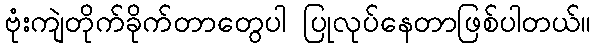
ဗုံးကျဲတိုက်ခိုက်တာတွေပါ ပြုလုပ်နေတာဖြစ်ပါတယ်။